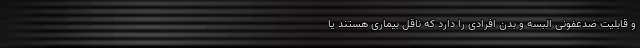
و قابلیت ضدعفونی البسه و بدن افرادی را دارد که ناقل بیماری هستند یا